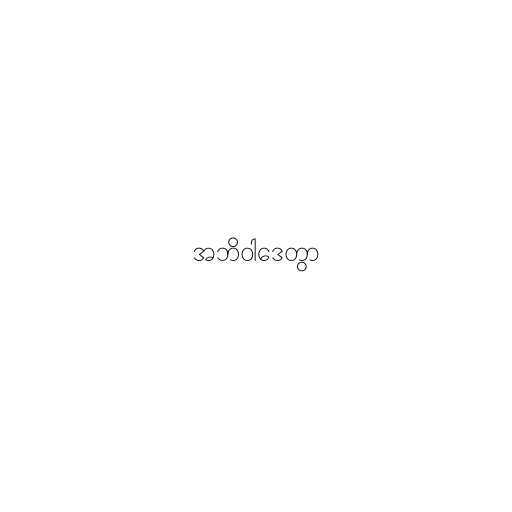
အဘိဝါဒေတွာ